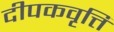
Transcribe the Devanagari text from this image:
दीपकवृत्ति